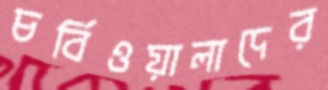
চর্বিওয়ালাদের